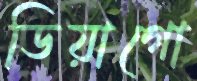
ডিয়াগো